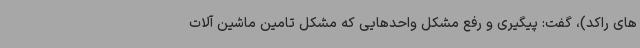
های راکد)، گفت: پیگیری و رفع مشکل واحدهایی که مشکل تامین ماشین آلات